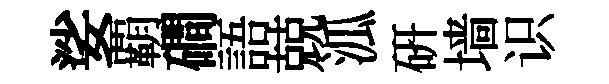
娑覇磵語兢泒硏墙识